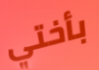
بأختي